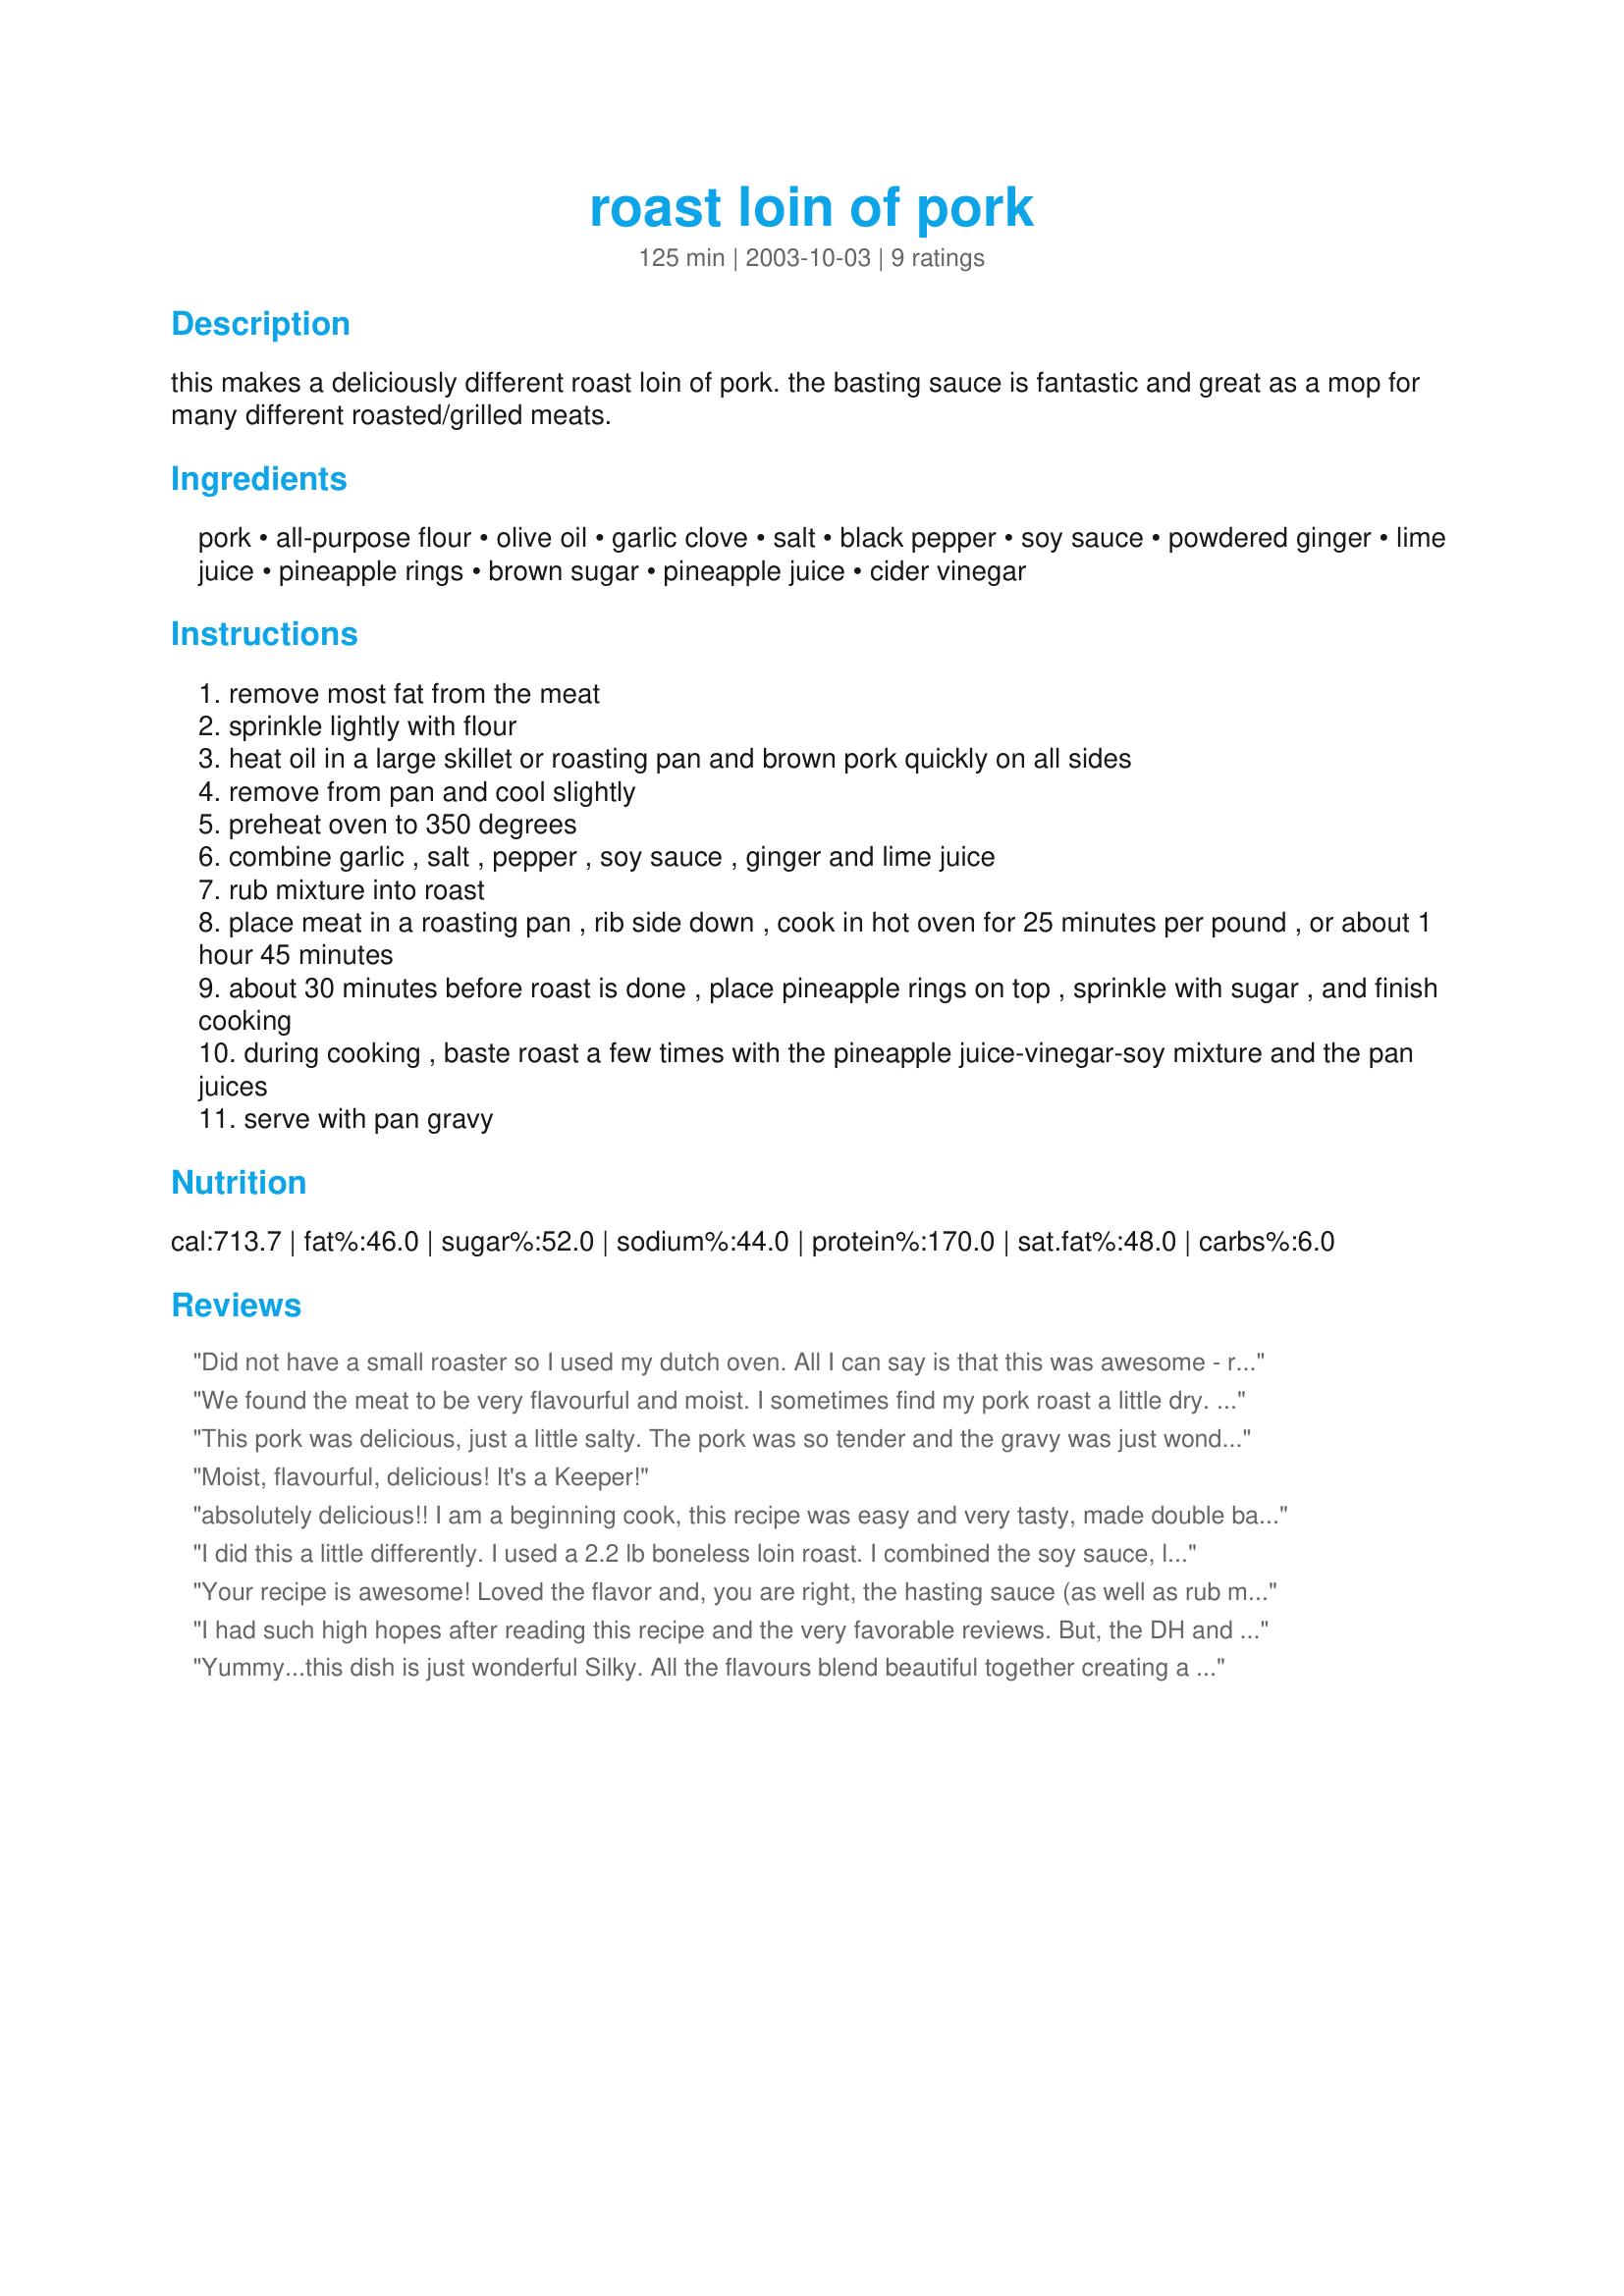
roast loin of pork
Preparation time: 125 minutes

this makes a deliciously different roast loin of pork. the basting sauce is fantastic and great as a mop for many different roasted/grilled meats.

Ingredients:
pork, all-purpose flour, olive oil, garlic clove, salt, black pepper, soy sauce, powdered ginger, lime juice, pineapple rings, brown sugar, pineapple juice, cider vinegar

Steps:
remove most fat from the meat
sprinkle lightly with flour
heat oil in a large skillet or roasting pan and brown pork quickly on all sides
remove from pan and cool slightly
preheat oven to 350 degrees
combine garlic , salt , pepper , soy sauce , ginger and lime juice
rub mixture into roast
place meat in a roasting pan , rib side down , cook in hot oven for 25 minutes per pound , or about 1 hour 45 minutes
about 30 minutes before roast is done , place pineapple rings on top , sprinkle with sugar , and finish cooking
during cooking , baste roast a few times with the pineapple juice-vinegar-soy mixture and the pan juices
serve with pan gravy

Reviews:
Did not have a small roaster so I used my dutch oven. All I can say is that this was awesome - really unbeleiveable. The gravy was fantastic. This is a very rich recipe and we will definately have it again. My "fussy eaters" enjoyed a second helping. I used a flavor injector and based the meat on the inside with injections at the beginning. I halfed my roast and then when I tied it together I added pineapple rings - Wow! Oh ya - I skipped the sugar at the end...
We found the meat to be very flavourful and moist. I sometimes find my pork roast a little dry. We will certainly make this one again. Oh yes, it is also very easy which is a bonus.
This pork was delicious, just a little salty. The pork was so tender and the gravy was just wonderful. It was very easy to prepare.
Moist, flavourful, delicious! It's a Keeper!
absolutely delicious!! I am
a beginning cook, this recipe was easy and very tasty, made double batch of the basting sauce, when roast was done, pan juices went into a gravy bowl and was served over meat.. this prevented pork from drying out. definitely a keeper... thanks
I did this a little differently. I used a 2.2 lb boneless loin roast. I combined the soy sauce, lime juice, minced garlic, brown sugar, and powdered ginger with a sprinkle of onion powder and a couple of slices of fresh ginger. I marinated the meat in that for 2 hours or so. I took it out, patted it dry and browned it on all sides (without using the flour), then put it on a rack in a roasting pan. I roasted it at 325F for about 80 minutes, until the center was 140F. I basted it with the basting sauce every 10-15 minutes, and poured the rest of the sauce into the pan when I put the pineapple rings on top. While the meat was resting before slicing, I drained the sauce (which was very concentrated and salty) into a pot and added about another 1/2 cup pineapple juice, then simmered it until it thickened slightly. Overall, this was absolutely delicious.
Your recipe is awesome! Loved the flavor and, you are right, the hasting sauce (as well as rub mixture) is fantastic. I used a boneless pork loin, which was 2.27 lbs. and needed the entire roasting time. I also used a meat thermometer. Thanx, Silky, for a great recipe!
I had such high hopes after reading this recipe and the very favorable reviews. But, the DH and I thought it was just too salty and too sweet. I did enjoy the texture of the pork, though. I may use this method again but I will make changes.
Yummy...this dish is just wonderful Silky. All the flavours blend beautiful together creating a rare treat. We enjoyed this dish very much...thank you so much for sharing.
